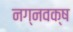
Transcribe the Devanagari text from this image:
नग्नवक्ष